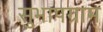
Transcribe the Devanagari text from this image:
सुभापग्राम